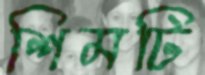
শিমটি